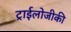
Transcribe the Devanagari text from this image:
ट्राईलोजीकी